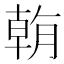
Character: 𣎍